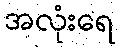
အလုံးရေ